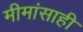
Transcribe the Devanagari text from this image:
मीमांसाही